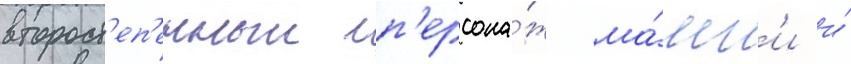
второст'еп'енныи п'ерсона́ж ма́нг'и и́